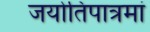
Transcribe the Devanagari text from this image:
जयोतिपात्रमां